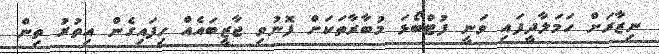
ނިޒާރަށް ހަމަލާދީފައި ވަނީ ފުޓްބޯޅަ މުބާރާތަކަށް ފޮނުވި ޖާޒީބައެއް ހިފައިގެން އިތުރު ތިން